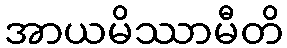
အာယမိဿာမီတိ